Report of the Indian Hemp Drugs Commission, 1894-1895 - Volume III
Year: 1894
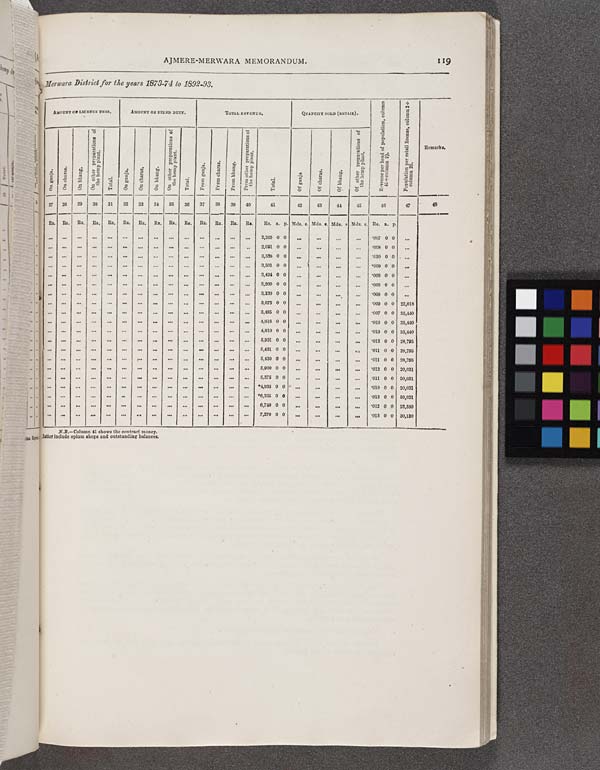
AJMERE-MERWARA MEMORANDUM.
119
Merwara District for the years 1873-74 to 1892-93.
AMOUNT OF LICENSE FEES.
AMOUNT OF FIXED DUTY.
TOTAL REVENUE.
QUANTITY SOLD (RETAIL).
Revenue
per head of population, column
41 ÷ column 2).
Population per retail license, column 2 ÷
column 26.
Remarks.
On ganja.
On charas.
On bhang.
On other preparations of
the hemp plant.
Total.
On ganja.
On charas.
On bhang.
On other preparations of
the hemp plant.
Total.
From ganja.
From charas.
From bhang.
From other preparations of
the hemp plant.
Total.
Of ganja
Of charas.
Of bhang.
Of other preparations of
the hemp plant.
Revenue
per head of population, column
41 ÷ column 2).
Population per retail license, column 2 ÷
column 26.
Remarks.
27
28
29
30
31
32
33
34
35
36
37
38
39
40
41
42
43
44
45
46
47
48
Rs. Rs.
Rs.
Rs.
Rs.
Rs.
Rs.
Rs.
Rs.
Rs,
Rs.
Rs.
Rs.
Rs.
Rs. a. p. Mds. s. Mds. s. Mds. s Mds. s. Rs. a. p.
2,265 0 0
*007 0 0
2,691 0 0
*008 0 0
3,338 0 0
*010 0 0
3,501 0 0
*009 0 0
3,424 0 0
*008 0 0
3,200 0 0
*008 0 0
3,330 0 0
*008 0 0
3,675 0 0
*009 0 0 22,018
3,485 0 0
*007 0 0 35,440
4,816 0 0
*010 0 0 35,440
4,810 0 0
*010 0 0 35,440
5,931 0 0
*013 0 0 28,795
5,431 0 0
*011 0 0 28,795
5,430 0 0
*011 0 0 28,795
5,900 0 0
*012 0 0 20,031
5,375 0 0
*011 0 0 20,031
*4,935 0 0
*010 0 0 20,031
*6,335 0 0
*013 0 0 20,031
6,740 0 0
*012 0 0 23,580
7,270 0 0
*013 0 0 30,130
N.B.—Column 41 shows the contract money.
ter include opium shops and outstanding balances.